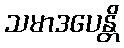
သမာဒပေန္တိ